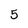
Character: 5